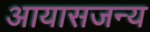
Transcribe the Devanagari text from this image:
आयासजन्य